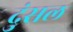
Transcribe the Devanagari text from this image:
दुंसल